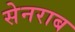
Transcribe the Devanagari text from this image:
सेनराब